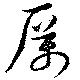
厲